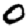
Digit: 0